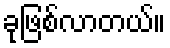
ခုဖြစ်လာတယ်။